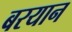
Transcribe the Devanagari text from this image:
बरयान